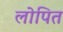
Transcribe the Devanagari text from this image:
लोपित